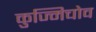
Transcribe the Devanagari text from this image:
कुज्मिचोव